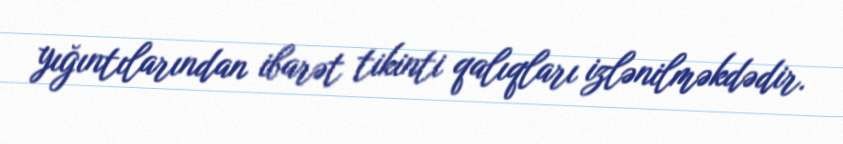
yığıntılarından ibarət tikinti qalıqları izlənilməkdədir.